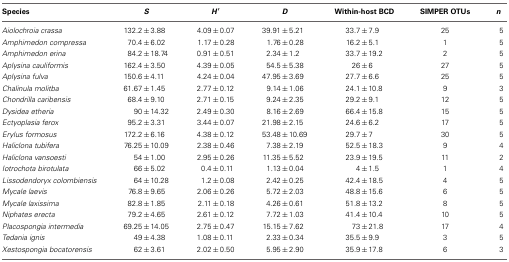
<table><thead><tr><td><b>Species</b></td><td><b><i>S</i></b></td><td><b><i>H</i>′</b></td><td><b><i>D</i></b></td><td><b>Within-host BCD</b></td><td><b>SIMPER OTUs</b></td><td><b><i>n</i></b></td></tr></thead><tbody><tr><td><i>Aiolochroia crassa</i></td><td>132.2 ± 3.88</td><td>4.09 ± 0.07</td><td>39.91 ± 5.21</td><td>33.7 ± 7.9</td><td>25</td><td>5</td></tr><tr><td><i>Amphimedon compressa</i></td><td>70.4 ± 6.02</td><td>1.17 ± 0.28</td><td>1.76 ± 0.28</td><td>16.2 ± 5.1</td><td>1</td><td>5</td></tr><tr><td><i>Amphimedon erina</i></td><td>84.2 ± 18.74</td><td>0.91 ± 0.51</td><td>2.34 ± 1.2</td><td>33.7 ± 19.2</td><td>2</td><td>5</td></tr><tr><td><i>Aplysina cauliformis</i></td><td>162.4 ± 3.50</td><td>4.39 ± 0.05</td><td>54.5 ± 5.38</td><td>26 ± 6</td><td>27</td><td>5</td></tr><tr><td><i>Aplysina fulva</i></td><td>150.6 ± 4.11</td><td>4.24 ± 0.04</td><td>47.95 ± 3.69</td><td>27.7 ± 6.6</td><td>25</td><td>5</td></tr><tr><td><i>Chalinula molitba</i></td><td>61.67 ± 1.45</td><td>2.77 ± 0.12</td><td>9.14 ± 1.06</td><td>24.1 ± 10.8</td><td>9</td><td>3</td></tr><tr><td><i>Chondrilla caribensis</i></td><td>68.4 ± 9.10</td><td>2.71 ± 0.15</td><td>9.24 ± 2.35</td><td>29.2 ± 9.1</td><td>12</td><td>5</td></tr><tr><td><i>Dysidea etheria</i></td><td>90 ± 14.32</td><td>2.49 ± 0.30</td><td>8.16 ± 2.69</td><td>66.4 ± 15.8</td><td>15</td><td>5</td></tr><tr><td><i>Ectyoplasia ferox</i></td><td>95.2 ± 3.31</td><td>3.44 ± 0.07</td><td>21.98 ± 2.15</td><td>24.6 ± 6.2</td><td>17</td><td>5</td></tr><tr><td><i>Erylus formosus</i></td><td>172.2 ± 6.16</td><td>4.38 ± 0.12</td><td>53.48 ± 10.69</td><td>29.7 ± 7</td><td>30</td><td>5</td></tr><tr><td><i>Haliclona tubifera</i></td><td>76.25 ± 10.09</td><td>2.38 ± 0.46</td><td>7.38 ± 2.19</td><td>52.5 ± 18.3</td><td>9</td><td>4</td></tr><tr><td><i>Haliclona vansoesti</i></td><td>54 ± 1.00</td><td>2.95 ± 0.26</td><td>11.35 ± 5.52</td><td>23.9 ± 19.5</td><td>11</td><td>2</td></tr><tr><td><i>Iotrochota birotulata</i></td><td>66 ± 5.02</td><td>0.4 ± 0.11</td><td>1.13 ± 0.04</td><td>4 ± 1.5</td><td>1</td><td>4</td></tr><tr><td><i>Lissodendoryx colombiensis</i></td><td>64 ± 10.28</td><td>1.2 ± 0.08</td><td>2.42 ± 0.25</td><td>42.4 ± 18.5</td><td>4</td><td>5</td></tr><tr><td><i>Mycale laevis</i></td><td>76.8 ± 9.65</td><td>2.06 ± 0.26</td><td>5.72 ± 2.03</td><td>48.8 ± 15.6</td><td>6</td><td>5</td></tr><tr><td><i>Mycale laxissima</i></td><td>82.8 ± 1.85</td><td>2.11 ± 0.18</td><td>4.26 ± 0.61</td><td>51.8 ± 13.2</td><td>8</td><td>5</td></tr><tr><td><i>Niphates erecta</i></td><td>79.2 ± 4.65</td><td>2.61 ± 0.12</td><td>7.72 ± 1.03</td><td>41.4 ± 10.4</td><td>10</td><td>5</td></tr><tr><td><i>Placospongia intermedia</i></td><td>69.25 ± 14.05</td><td>2.75 ± 0.47</td><td>15.15 ± 7.62</td><td>73 ± 21.8</td><td>17</td><td>4</td></tr><tr><td><i>Tedania ignis</i></td><td>49 ± 4.38</td><td>1.08 ± 0.11</td><td>2.33 ± 0.34</td><td>35.5 ± 9.9</td><td>3</td><td>5</td></tr><tr><td><i>Xestospongia bocatorensis</i></td><td>62 ± 3.61</td><td>2.02 ± 0.50</td><td>5.95 ± 2.90</td><td>35.9 ± 17.8</td><td>6</td><td>3</td></tr></tbody></table>